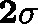
\mathbf { 2 \sigma }